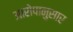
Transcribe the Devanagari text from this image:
आरोपानुसार